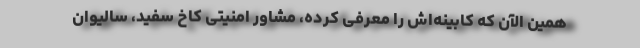
همین الآن که کابینه‌اش را معرفی کرده، مشاور امنیتی کاخ سفید، سالیوان